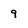
Character: 9